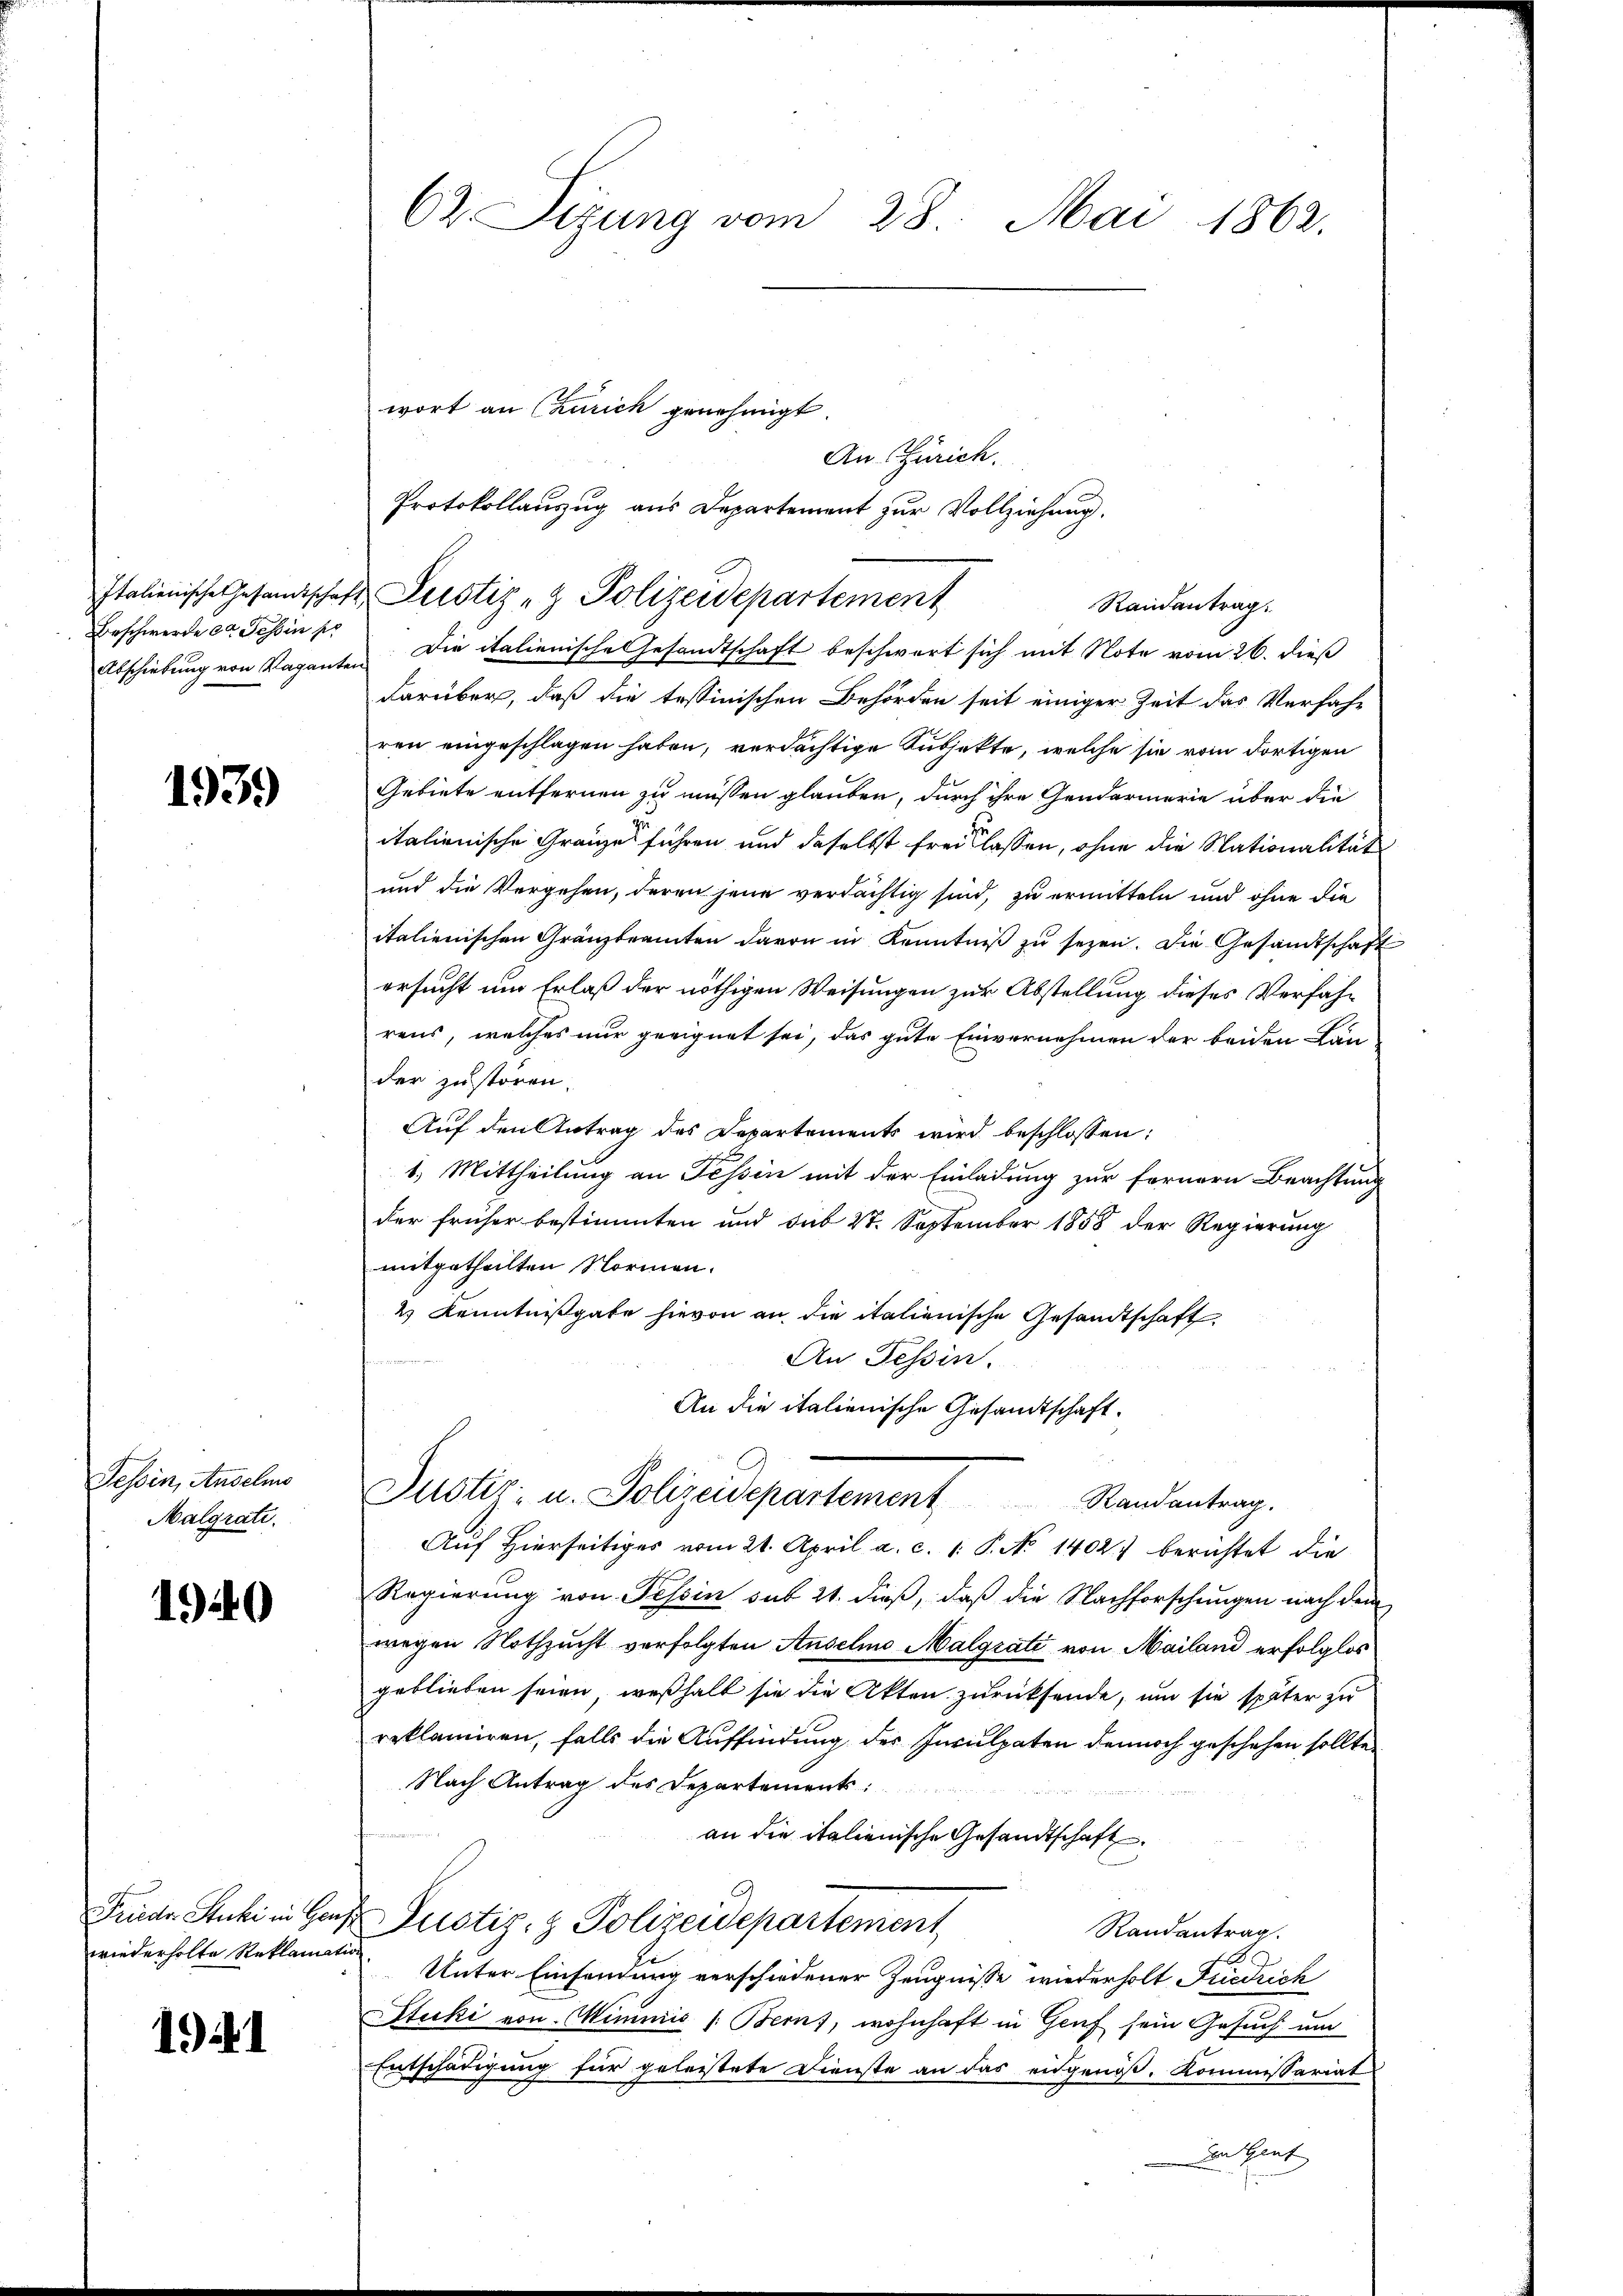
Beschwerde das Tessin pr

1939)

Tessin, Andelmo
Malgrati

1940

wiederholte Reklamation

194. 1

62. Sizung vom 28. Mai 1862.

Italienische Gesandtschaft Justiz & Polizeidepartement
Randantrag:

An Zürich.
Protokollauszug aus Departement zur Vollziehung.

Abschiebung von Raganten. Die italienische Gesandtschaft beschwert sich mit Note vom 26. dieß
darüber, daß die tessinischen Behörden seit einiger Zeit das Verfahr
ren eingeschlagen haben, verdächtige Subjekte, welche sie vom dortigen
Gebiete entfernen zu müssen glauben, durch ihre Gendarmerie über die
italienische Gränzes führen und daselbst freilassen, ohne die Nationalität
und die Vergehen, deren jene verdächtig sind, zu ermitteln und ohne die
italienischen Gränzbeamten davon in Kenntniß zu sezen. Die Gesandtschaft
ersucht um Erlaß der nöthigen Weisungen zur Abstellung dieses Verfahrens, welches nur geeignet sei, das gute Einvernehmen der beiden Lan
der zustören.
Auf den Antrag des Departements wird beschlossen:
1.) Mittheilung an Tessin mit der Einladung zur fernern Beachtung
der früher bestimmten und sub 27. September 1858 der Regierung
mitgetheilten Normen.
4 Kenntnißgabe hievon an die italienische Gesandtschaft
An Tessin.
An die italienische Gesandtschaft.
Justiz- u. Polizeidepartement Randantrag.
Auf Hierseitiges vom 21. April a. c. 1: P. No 1402. berichtet die
Regierung von Tessin sub 21. dieß, daß die Nachforschungen nach dem
wegen Nothzucht verfolgten Anselmo Malgrati von Mailand erfolglos
geblieben seien, weshalt sie die Akten zurücksende, um sie später zu
reklamiren, falls die Auffindung der Inculpaten dennoch geschehen sollte.
Nach Antrag des Departements
an die italienische Gesandtschaft
Frieder Stucki in Hans Justiz- & Polizeidepartement
Randantrag.
Unter Einsendung verschiedener Zeugnisse wiederholt Friedrich
Stucki von Wimmis 1. Bern, wohnhaft in Genf sein Gesuch um
Entschädigung für geleistete Dienste an das eidgenoß, Kommissariat
Im Gant

wort an Caurich genehmigt.